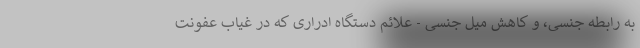
به رابطه جنسی، و کاهش میل جنسی - علائم دستگاه ادراری که در غیاب عفونت